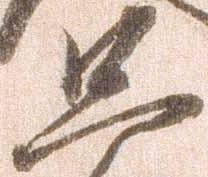
只